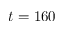
t = 1 6 0